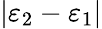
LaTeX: |\varepsilon_{2}-\varepsilon_{1}|